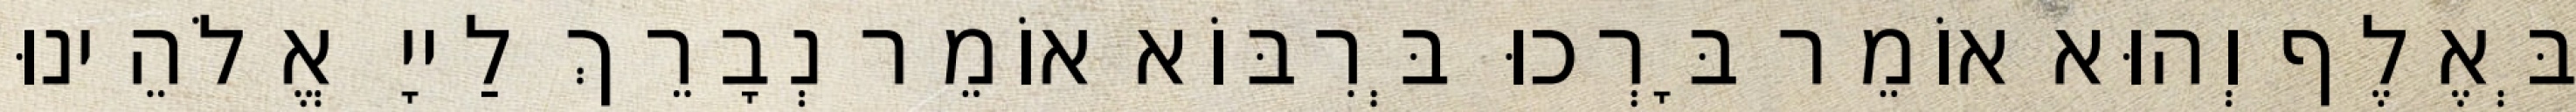
בְּאֶלֶף וְהוּא אוֹמֵר בָּרְכוּ בְּרִבּוֹא אוֹמֵר נְבָרֵךְ לַייָ אֱלֹהֵינוּ